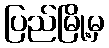
ပြည်မြို့မှ